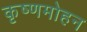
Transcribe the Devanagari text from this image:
कृष्णमोहन